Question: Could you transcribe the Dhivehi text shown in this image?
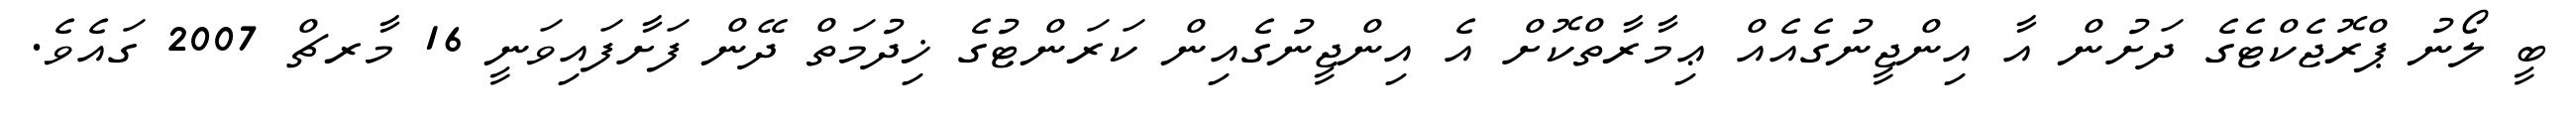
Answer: ބީ ލޯނު ޕްރޮޖެކްޓެގެ ދަށުން އާ އިންޖީނުގެއެއް ޢިމާރާތްކޮށް އެ އިންޖީނުގެއިން ކަރަންޓުގެ ޚިދުމަތް ދޭން ފަށާފައިވަނީ 16 މާރޗް 2007 ގައެވެ.